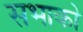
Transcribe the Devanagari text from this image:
सभाको